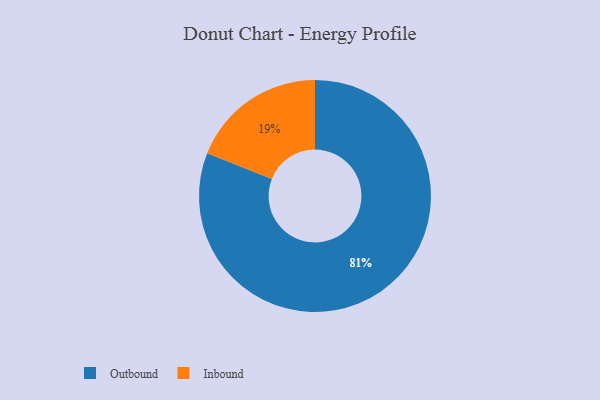
{"axis": {"x": "Category", "y": "Percentage"}, "legend": ["Inbound", "Outbound"], "data": [{"x": "Outbound", "y": 81, "type": "Outbound"}, {"x": "Inbound", "y": 19, "type": "Inbound"}]}